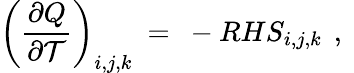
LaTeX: \left(\frac{\partial Q}{\partial\mathcal{T}}\right)_{i,j,k}\ =\ -RHS_{i,j,k}\, \mathrm{~,~}